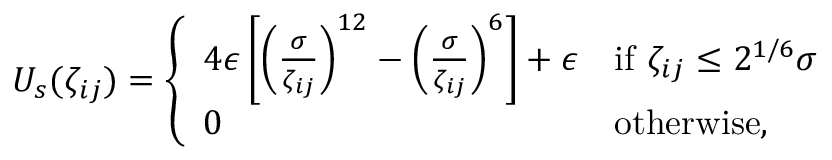
\begin{array} { r } { U _ { s } ( \zeta _ { i j } ) = \left\{ \begin{array} { l l } { 4 \epsilon \left[ \left( \frac { \sigma } { \zeta _ { i j } } \right) ^ { 1 2 } - \left( \frac { \sigma } { \zeta _ { i j } } \right) ^ { 6 } \right] + \epsilon } & { \mathrm { i f ~ } \zeta _ { i j } \leq 2 ^ { 1 / 6 } \sigma } \\ { 0 } & { \mathrm { o t h e r w i s e } , } \end{array} \right. } \end{array}